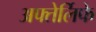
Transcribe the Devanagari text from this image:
अफ्तेर्लिफे